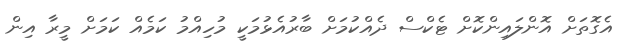
އެގޮތަށް އޮންލައިންކޮށް ޓެކްސް ދެއްކުމަށް ބާރުއެޅުމަކީ މުހިއްމު ކަމެއް ކަމަށް މީރާ އިން